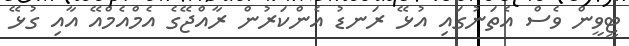
ޓީވީން ވެސް އެތަނުގައި އުޅޭ ރަނޑު އެންކަރުން ރާއްޖޭގެ އެމްއެމްއޭ އާއި ގުޅޭ